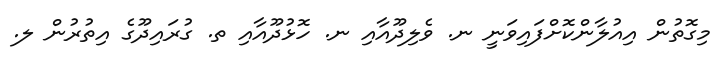
މިގޮތުން އިއުލާންކޮށްފައިވަނީ ނ. ވެލިދޫއާއި ނ. ހޮޅުދޫއާއި ތ. ގުރައިދޫގެ އިތުރުން ލ.